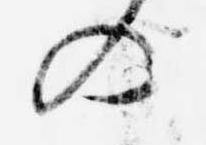
の